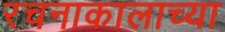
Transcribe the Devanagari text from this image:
रचनाकालाच्या